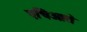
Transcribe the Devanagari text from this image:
एचिओते